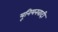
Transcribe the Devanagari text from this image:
यूनियनवादी